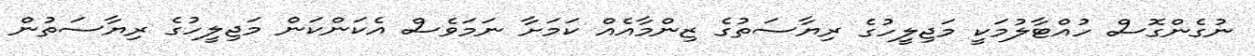
ނުގެންގޮސް ހުއްޓާލުމަކީ މަޖިލީހުގެ ރިޔާސަތުގެ ޒިންމާއެއް ކަމަށާ ނަމަވެސް އެކަންކަން މަޖިލީހުގެ ރިޔާސަތުން